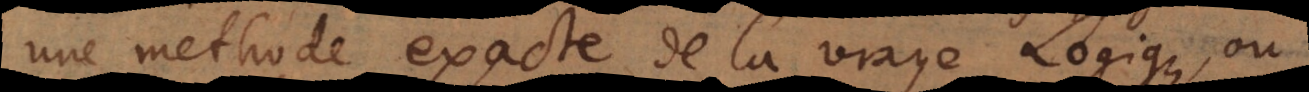
une methode exacte de la vraye Logique, ou